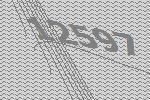
12597